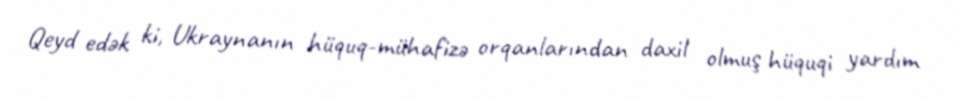
Qeyd edək ki, Ukraynanın hüquq-mühafizə orqanlarından daxil olmuş hüquqi yardım